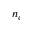
n _ { c }